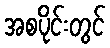
အစပိုင်းတွင်